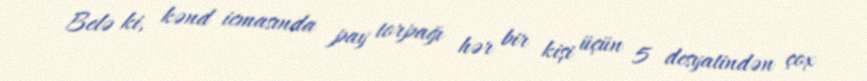
Belə ki, kənd icmasında pay torpağı hər bir kişi üçün 5 desyatindən çox